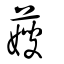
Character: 䕅